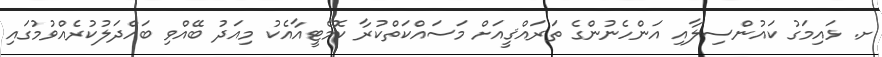
ށ. ޅައިމަގު ކައުންސިލާއި އަންހެނުންގެ ތަރައްޤީއަށް މަސައްކަތްކުރާ ކޮމެޓީއާއެކު މިއަދު ބޭއްވި ބައްދަލުކުރެއްވުމުގައި